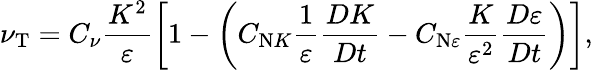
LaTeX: \nu_{\textrm{T}}=C_{\nu}\frac{K^{2}}{\varepsilon}\left[{1-\left({C_{{\textrm{N}}K}\frac{1}{\varepsilon}\frac{DK}{Dt}-C_{{\textrm{N}}\varepsilon}\frac{K}{\varepsilon^{2}}\frac{D\varepsilon}{Dt}}\right)}\right],